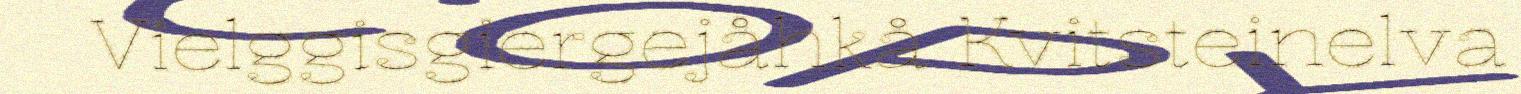
Vielggisgiergejåhkå Kvitsteinelva